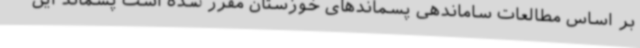
بر اساس مطالعات ساماندهی پسماندهای خوزستان مقرر شده است پسماند این